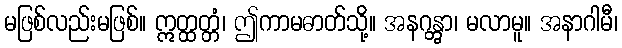
မဖြစ်လည်းမဖြစ်။ ဣတ္ထတ္တံ၊ ဤကာမဓာတ်သို့။ အနဂန္တွာ၊ မလာမူ။ အနာဂါမီ၊